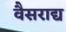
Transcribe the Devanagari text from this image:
वैसराद्य